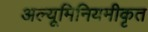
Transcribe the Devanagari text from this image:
अल्यूमिनियमीकृत